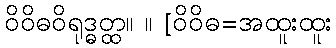
ဝိဝိဓဝိရုဒ္ဓတ္ထ။ ။ [ဝိဝိဓ=အထူးထူး